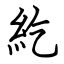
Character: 紇